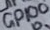
Text: GPIO0